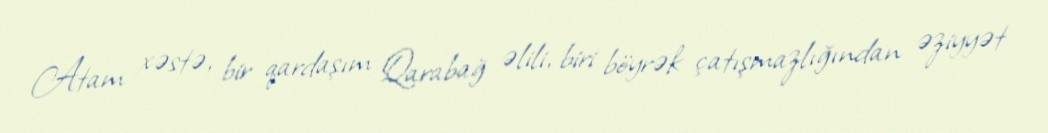
Atam xəstə, bir qardaşım Qarabağ əlili, biri böyrək çatışmazlığından əziyyət